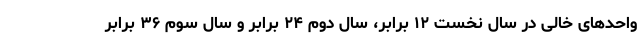
واحدهای خالی در سال نخست ۱۲ برابر، سال دوم ۲۴ برابر و سال سوم ۳۶ برابر